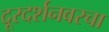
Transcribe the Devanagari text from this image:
दूरदर्शनवरचा